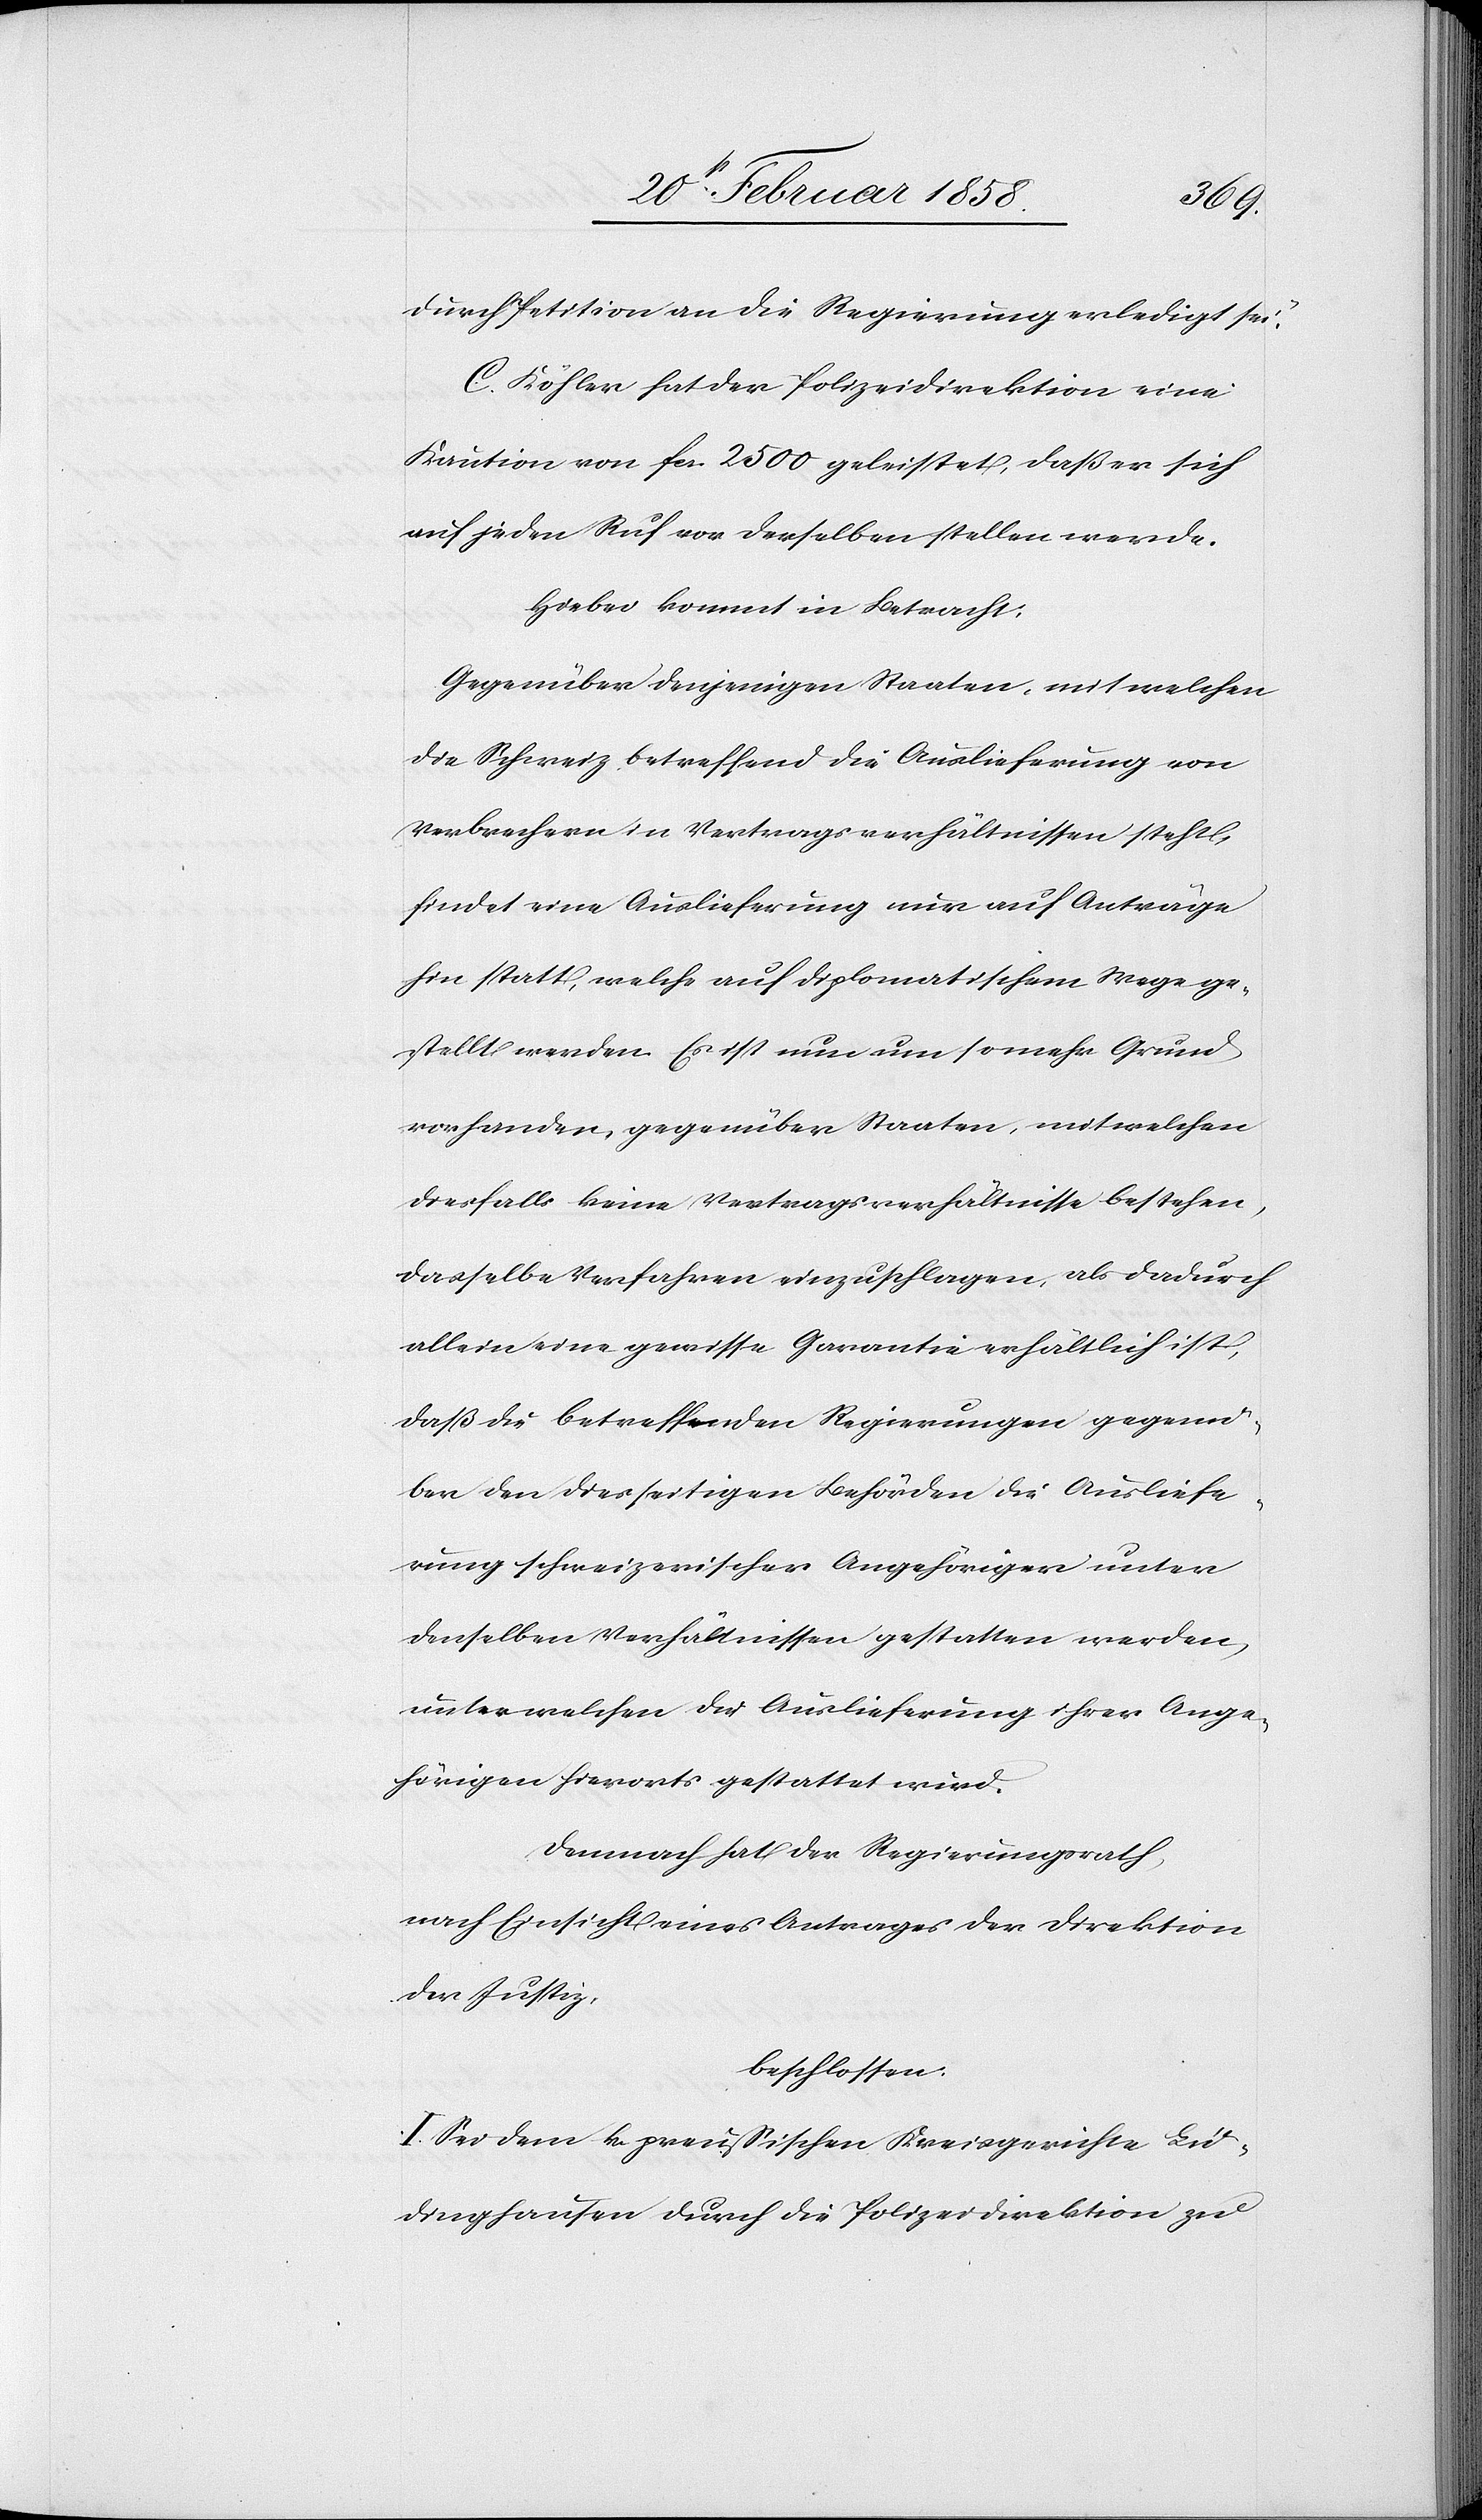
durch Petition an die Regierung erledigt sei.“
C. Köhler hat der Polizeidirektion eine
Kaution von fcs. 2500 geleistet, daß er sich
auf jeden Ruf vor derselben stellen werde.
Hiebei kommt in Betracht:
Gegenüber denjenigen Staaten, mit welchen
die Schweiz betreffend die Auslieferung von
Verbrechern in Vertragsverhältnissen steht,
findet eine Auslieferung nur auf Anträge
hin statt, welche auf diplomatischem Wege ge¬
stellt werden. Es ist nun um so mehr Grund
vorhanden, gegenüber Staaten, mit welchen
diesfalls keine Vertragsverhältnisse bestehen,
dasselbe Verfahren einzuschlagen, als dadurch
allein eine gewisse Garantie erhältlich ist,
daß die betreffenden Regierungen gegen¬
über den diesseitigen Behörden die Ausliefe¬
rung schweizerischer Angehöriger unter
denselben Verhältnissen gestatten werden,
unter welchen die Auslieferung ihrer Ange¬
hörigen hierorts gestattet wird.
Demnach hat der Regierungsrath,
nach Einsicht eines Antrages der Direktion
der Justiz,
beschlossen:
I. Sei dem k. preußischen Kreisgerichte Lu¬
dinghausen durch die Polizeidirektion zu